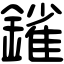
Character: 𨫠